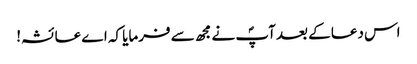
اس دعا کے بعد آپؐ نے مجھ سے فرمایا کہ اے عائشہ!